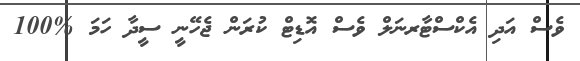
ވެސް އަދި އެކްސްޓާރނަލް ވެސް އޮޑިޓް ކުރަން ޖެހޭނީ ސީދާ ހަމަ %100